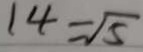
1 4 = \sqrt { 5 }